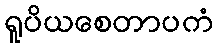
ရူပိယစေတာပကံ